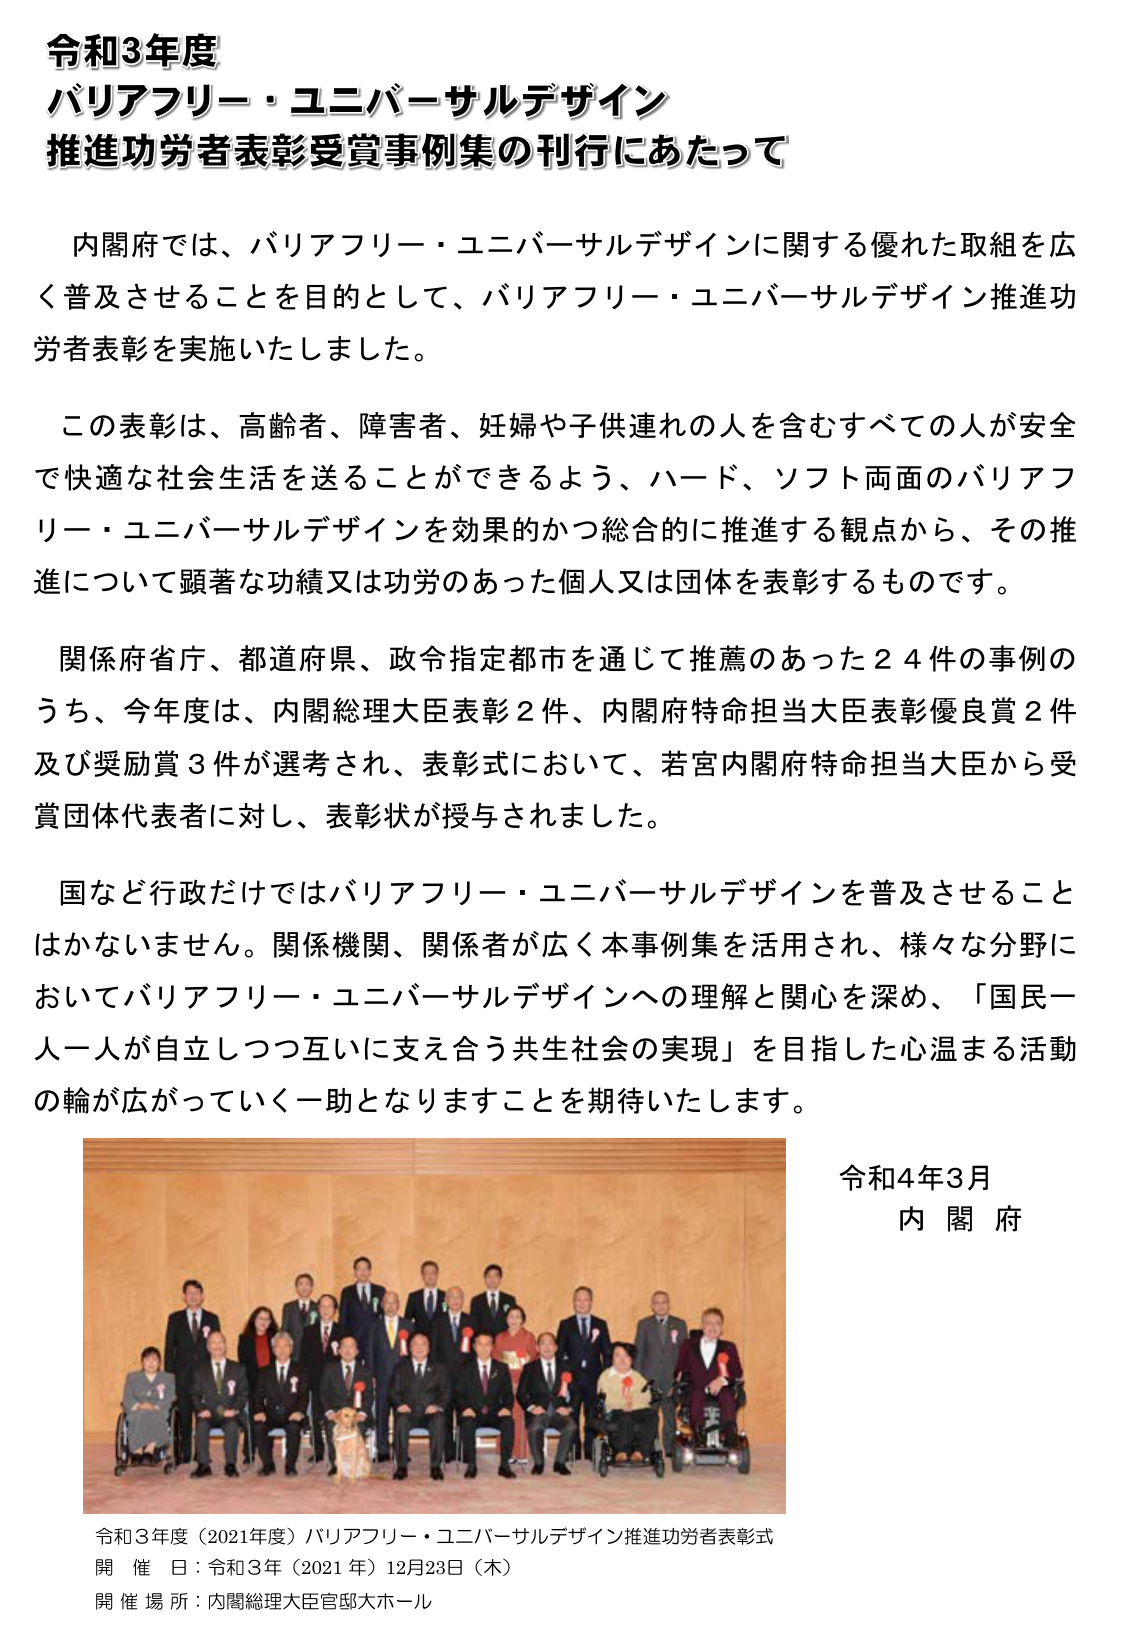
令和3年度
バリアフリー・ユニバーサルデザイン
推進功労者表彰受賞事例集の刊行にあたって

内閣府では、バリアフリー・ユニバーサルデザインに関する優れた取組を広く普及させることを目的として、バリアフリー・ユニバーサルデザイン推進功労者表彰を実施いたしました。

この表彰は、高齢者、障害者、妊婦や子供連れの人を含むすべての人が安全で快適な社会生活を送ることができるよう、ハード、ソフト両面のバリアフリー・ユニバーサルデザインを効果的かつ総合的に推進する観点から、その推進について顕著な功績又は功労のあった個人又は団体を表彰するものです。

関係府省庁、都道府県、政令指定都市を通じて推薦のあった24件の事例のうち、今年度は、内閣総理大臣表彰2件、内閣府特命担当大臣表彰優良賞2件及び奨励賞3件が選考され、表彰式において、若宮内閣府特命担当大臣から受賞団体代表者に対し、表彰状が授与されました。

国など行政だけではバリアフリー・ユニバーサルデザインを普及させることはかねません。関係機関、関係者が広く本事例集を活用され、様々な分野においてバリアフリー・ユニバーサルデザインへの理解と関心を深め、「国民一人一人が自立しつつ互いに支え合う共生社会の実現」を目指した心温まる活動の輪が広がっていく一助となりますことを期待いたします。

令和4年3月
内閣府

令和3年度（2021年度）バリアフリー・ユニバーサルデザイン推進功労者表彰式
開催日：令和3年（2021年）12月23日（木）
開催場所：内閣総理大臣官邸大ホール